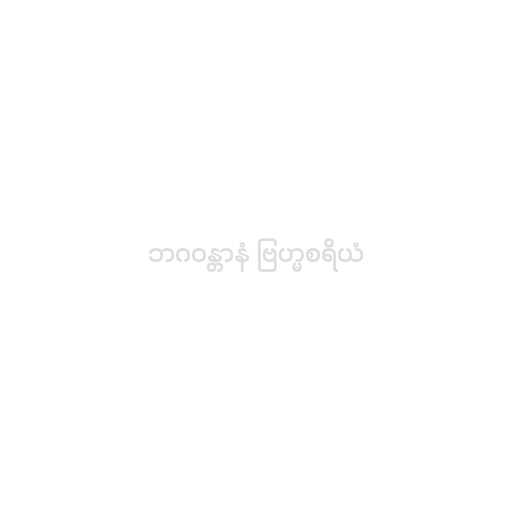
ဘဂဝန္တာနံ ဗြဟ္မစရိယံ